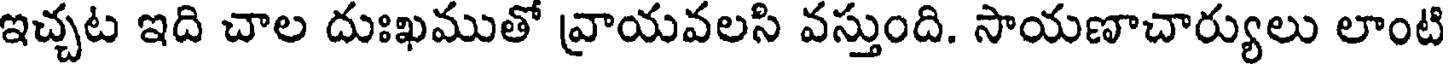
ఇచ్చట ఇది చాల దుఃఖముతో వ్రాయవలసి వస్తుంది. సాయణాచార్యులు లాంటి